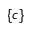
\{ c \}